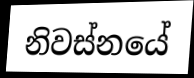
නිවස්නයේ